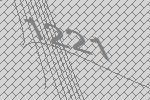
1221